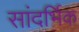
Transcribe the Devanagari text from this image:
सांदर्भिक